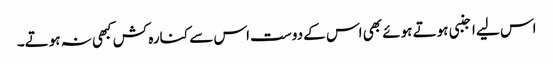
اس لیے اجنبی ہوتے ہوئے بھی اس کے دوست اس سے کنارہ کش کبھی نہ ہوتے۔